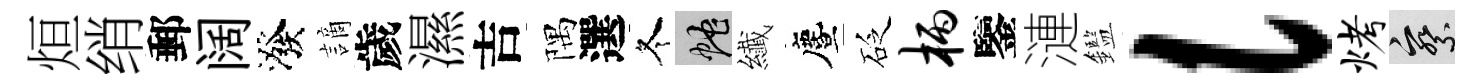
烜绡郵阔潑謫歲濕吉隅選冬蛇纎󵨌砭柄鑒漣鑑l烤察